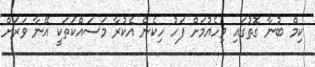
ކިމް ބުނާ ގޮތުގައި ވިހެއުމަށް ފަހު ހިކެން އެކުރާ މަސައްކަތަކީ އޭނާ ވަރަށް